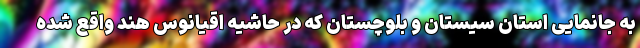
به جانمایی استان سیستان و بلوچستان که در حاشیه اقیانوس هند واقع شده